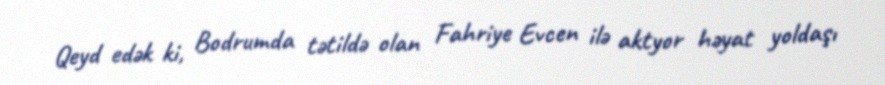
Qeyd edək ki, Bodrumda tətildə olan Fahriye Evcen ilə aktyor həyat yoldaşı